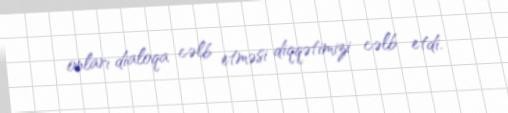
onları dialoqa cəlb etməsi diqqətimizi cəlb etdi.